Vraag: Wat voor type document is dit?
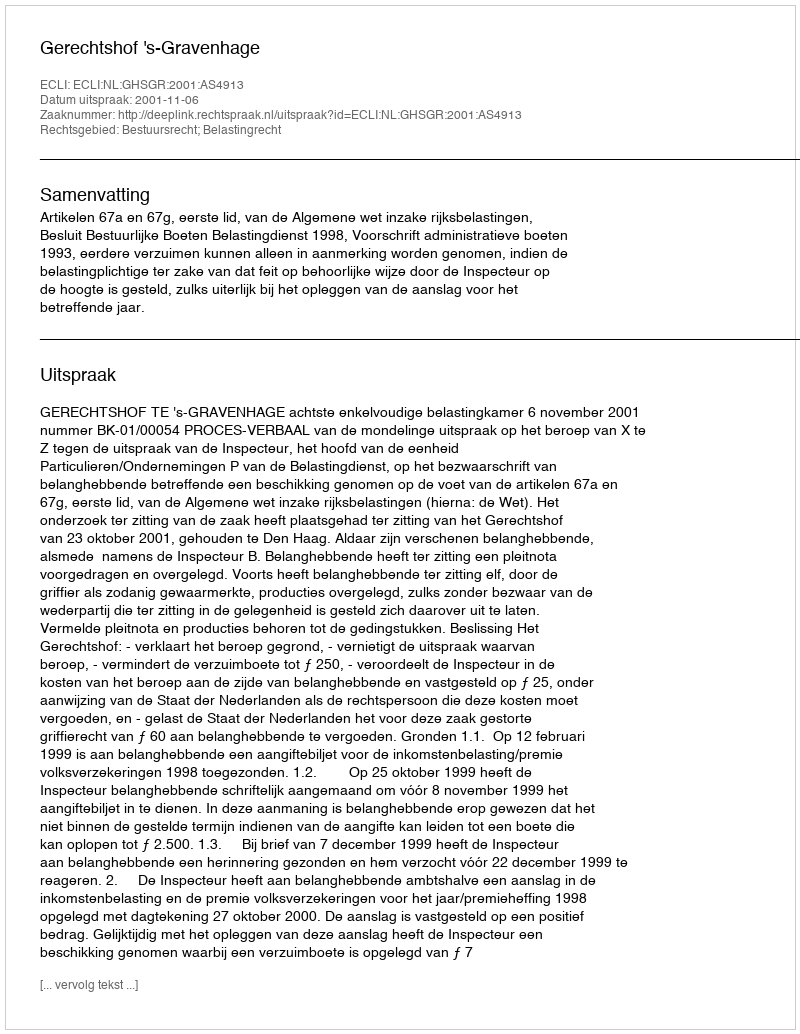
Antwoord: Uitspraak